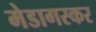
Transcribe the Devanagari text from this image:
मेडागस्कर